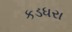
કડધરા